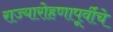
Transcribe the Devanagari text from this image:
राज्यारोहणापूर्वीचे